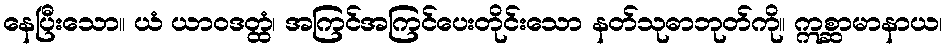
နေပြီးသော။ ယံ ယာဝဒတ္ထံ၊ အကြင်အကြင်ပေးတိုင်းသော နတ်သုဓာဘုတ်ကို။ ဣစ္ဆာမာနာယ၊